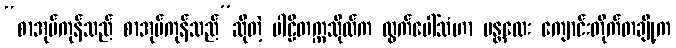
“စာအုပ်ကုန်သည် စာအုပ်ကုန်သည်”ဆိုတဲ့ ပါဠိတက္ကသိုလ်က ထွက်ပေါ်သံဟာ မန္တလေး ကျောင်းတိုက်တချို့က